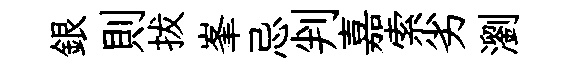
銀則拔峯忌判嘉索劣瀏